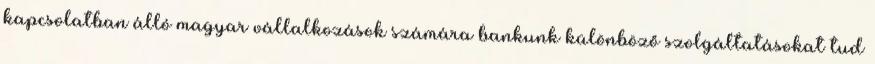
kapcsolatban álló magyar vállalkozások számára bankunk különböző szolgáltatásokat tud